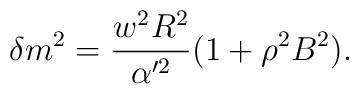
\delta m^{2}=\frac{w^{2}R^{2}}{\alpha '^{2}}(1+\rho ^{2}B^{2}).